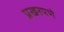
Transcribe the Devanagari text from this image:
प्रखरपणे